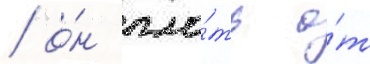
/ о́н пло́ть о́т